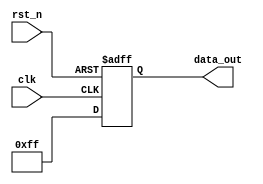
module parameter_focused_init #(
    parameter WIDTH = 8,         // Width of the internal registers
    parameter DEPTH = 16,        // Depth for any internal memory or buffer
    parameter OP_MODE = 1        // Operational mode (0 or 1)
)(
    input wire clk,              // Clock input
    input wire rst_n,            // Active low reset
    output reg [WIDTH-1:0] data_out // Output data
);

// Internal signal declarations
reg [WIDTH-1:0] internal_reg;
reg [DEPTH-1:0] memory [0:DEPTH-1]; // Memory array
integer i; // Loop variable for initialization

// Initialization block
initial begin
    // Conditional initialization based on parameters
    if (OP_MODE == 0) begin
        internal_reg = {WIDTH{1'b0}}; // Initialize to zero if OP_MODE is 0
    end else begin
        internal_reg = {WIDTH{1'b1}}; // Initialize to all ones if OP_MODE is 1
    end

    // Initialize memory with default values
    for (i = 0; i < DEPTH; i = i + 1) begin
        memory[i] = {WIDTH{1'b0}}; // Default initialization to zero
    end
end

// Always block for behavior after initialization
always @(posedge clk or negedge rst_n) begin
    if (!rst_n) begin
        data_out <= {WIDTH{1'b0}}; // Reset output to zero
    end else begin
        // Example behavior: output the internal register
        data_out <= internal_reg;
    end
end

// Optional parameter validation (can be expanded as needed)
initial begin
    if (WIDTH <= 0 || WIDTH > 32) begin
        $error("Invalid WIDTH parameter: %d. It must be between 1 and 32.", WIDTH);
    end
    if (DEPTH <= 0 || DEPTH > 256) begin
        $error("Invalid DEPTH parameter: %d. It must be between 1 and 256.", DEPTH);
    end
    if (OP_MODE < 0 || OP_MODE > 1) begin
        $error("Invalid OP_MODE parameter: %d. It must be either 0 or 1.", OP_MODE);
    end
end

endmodule